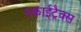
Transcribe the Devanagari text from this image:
स्काईट्रैक्स